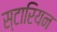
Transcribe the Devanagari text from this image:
स्टारियन